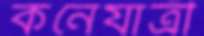
কনেযাত্রী